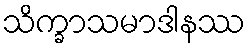
သိက္ခာသမာဒါနဿ